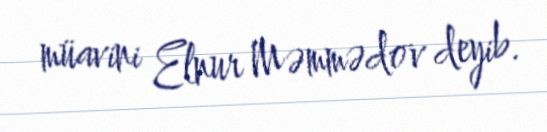
müavini Elnur Məmmədov deyib.